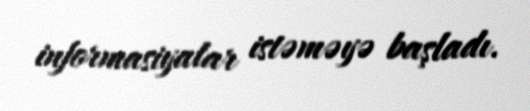
informasiyalar istəməyə başladı.